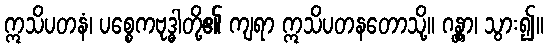
ဣသိပတနံ၊ ပစ္စေကဗုဒ္ဓါတို့၏ ကျရာ ဣသိပတနတောသို့။ ဂန္တွာ၊ သွား၍။